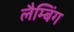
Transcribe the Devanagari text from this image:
लैम्बिंग